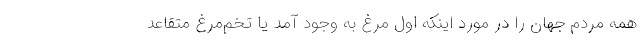
همه مردم جهان را در مورد اینکه اول مرغ به وجود آمد یا تخم‌مرغ متقاعد